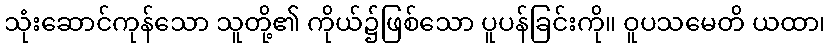
သုံးဆောင်ကုန်သော သူတို့၏ ကိုယ်၌ဖြစ်သော ပူပန်ခြင်းကို။ ဝူပသမေတိ ယထာ၊